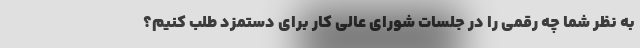
به نظر شما چه رقمی را در جلسات شورای عالی کار برای دستمزد طلب کنیم؟